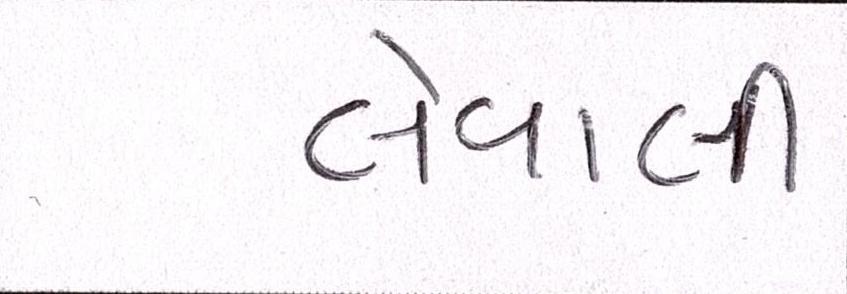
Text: લેવાલીઃ